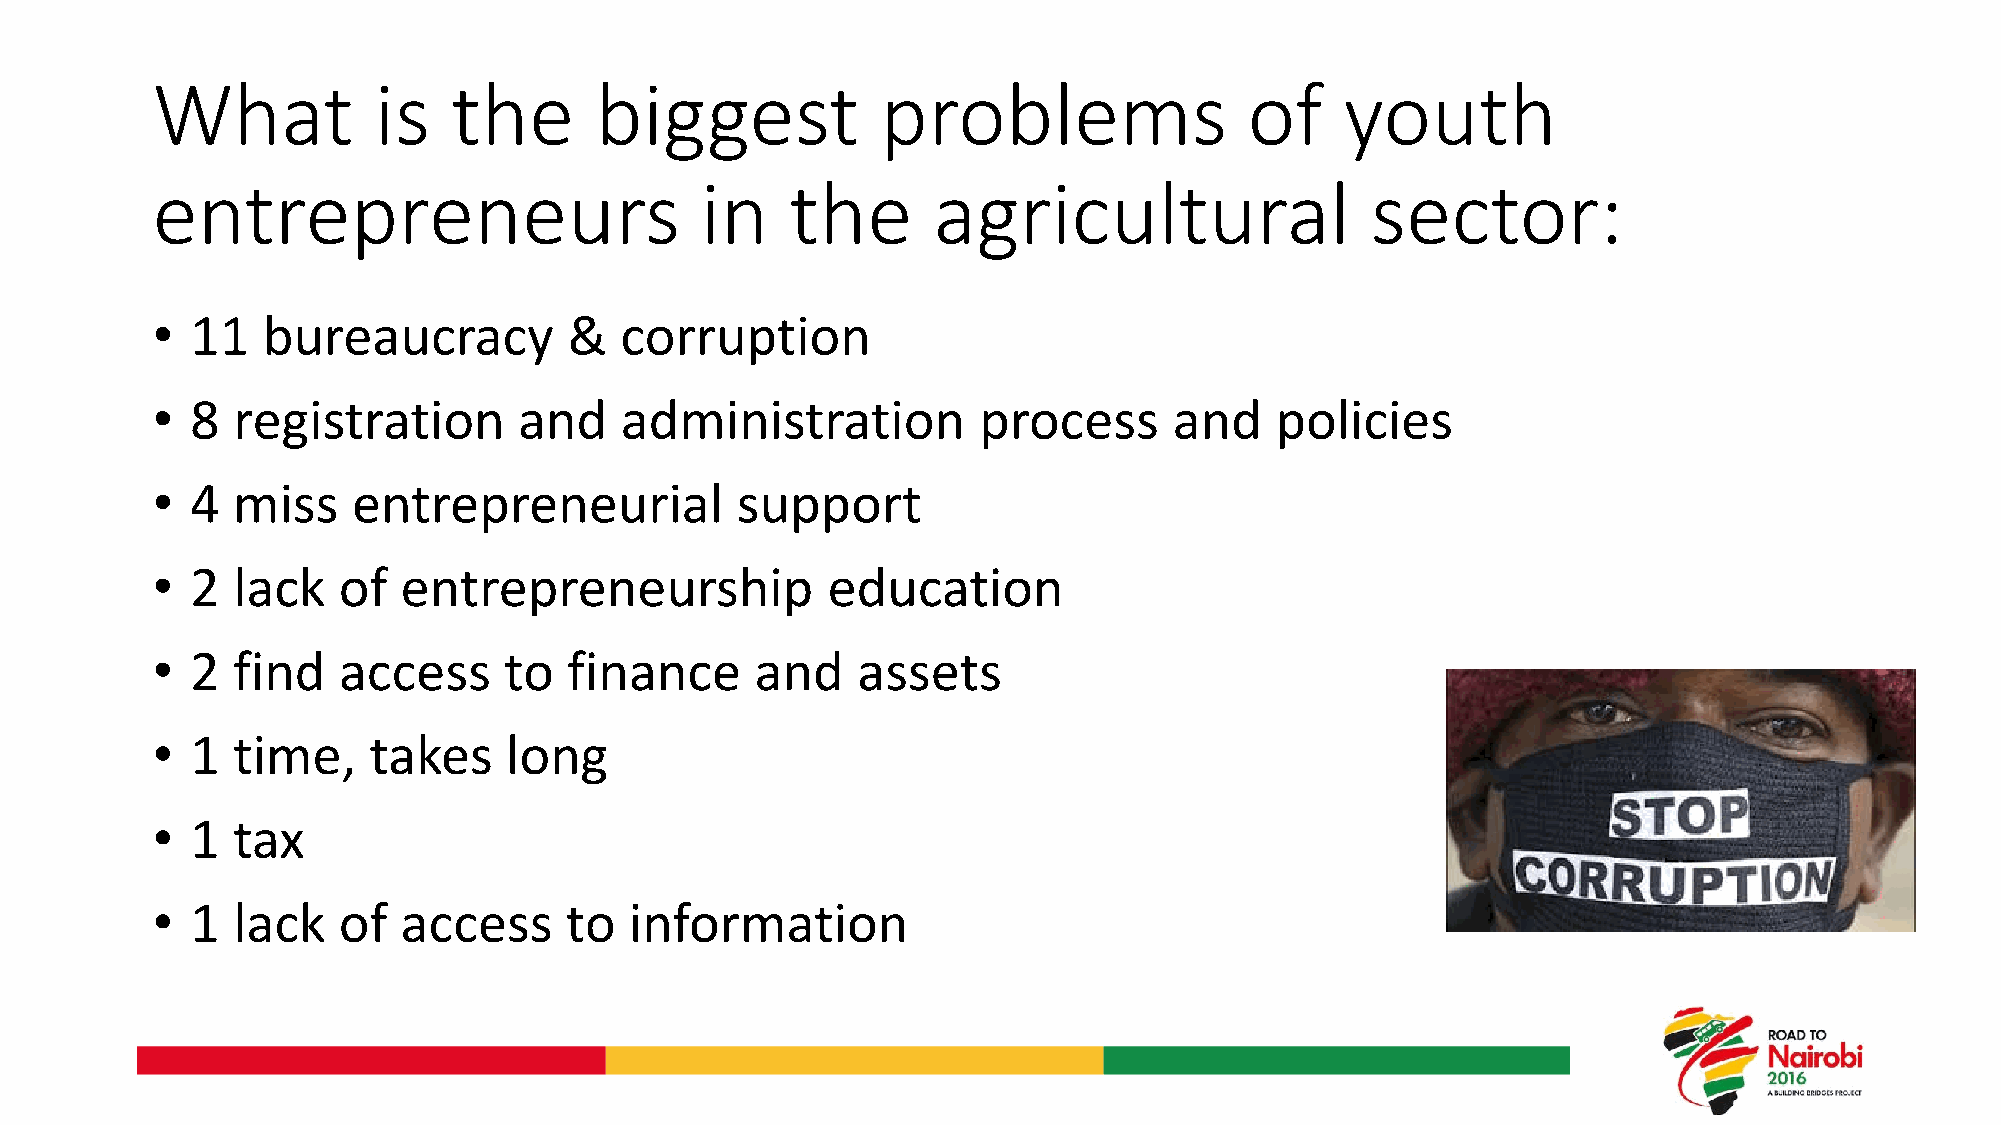
What           is   the      biggest            problems                 of    youth
 entrepreneurs                       in    the       agricultural                 sector:
 •  11  bureaucracy          &  corruption
 •  8 registration       and    administration          process      and   policies
 •  4 miss    entrepreneurial           support
 •  2 lack   of   entrepreneurship            education
 •  2 find   access     to   finance     and    assets
 •  1 time,    takes    long
 •  1 tax
 •  1 lack   of   access    to   information